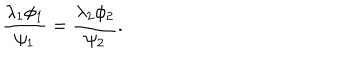
\frac { \lambda _ { 1 } \phi _ { 1 } } { \psi _ { 1 } } = \frac { \lambda _ { 2 } \phi _ { 2 } } { \psi _ { 2 } } .